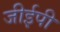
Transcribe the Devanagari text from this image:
जीईपी